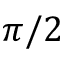
\pi / 2